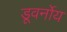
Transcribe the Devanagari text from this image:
डूवर्नोय